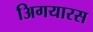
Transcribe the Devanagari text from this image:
अिगयारस